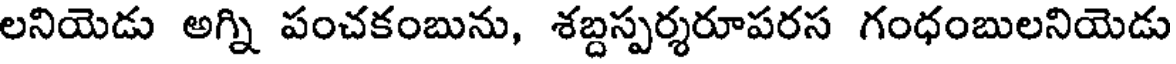
లనియెడు అగ్ని పంచకంబును, శబ్దస్పర్శరూపరస గంధంబులనియెడు